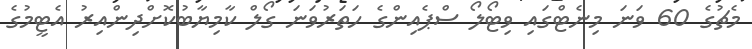
މެޗުގެ 60 ވަނަ މިނެޓްގައި ވިޓޯލޯ ސްޕެއިންގެ ހަތަރުވަނަ ގޯލް ކާމިޔާބުކޮށްދިންއިރު އެޓީމުގެ